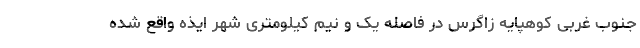
جنوب غربی کوهپایه زاگرس در فاصله یک و نیم کیلومتری شهر ایذه واقع شده